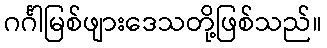
ဂင်္ဂါမြစ်ဖျားဒေသတို့ဖြစ်သည်။